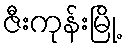
ဇီးကုန်းမြို့